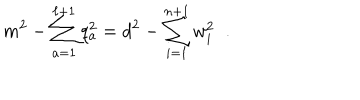
m ^ { 2 } - \sum _ { a = 1 } ^ { \ell + 1 } q _ { a } ^ { 2 } = d ^ { 2 } - \sum _ { i = 1 } ^ { n + 1 } w _ { i } ^ { 2 } \; \; .